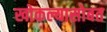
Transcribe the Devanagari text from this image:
खोकल्यासोबत